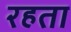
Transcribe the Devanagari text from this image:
रहता